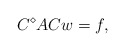
\begin{align*}C^{\diamond}ACw=f,\end{align*}